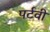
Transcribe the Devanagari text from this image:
पर्टवी